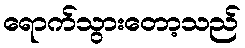
ရောက်သွားတော့သည်